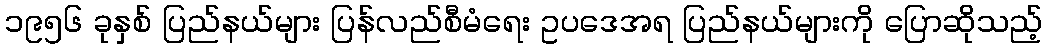
၁၉၅၆ ခုနှစ် ပြည်နယ်များ ပြန်လည်စီမံရေး ဥပဒေအရ ပြည်နယ်များကို ပြောဆိုသည့်